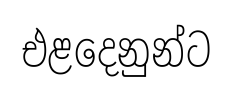
එළදෙනුන්ට